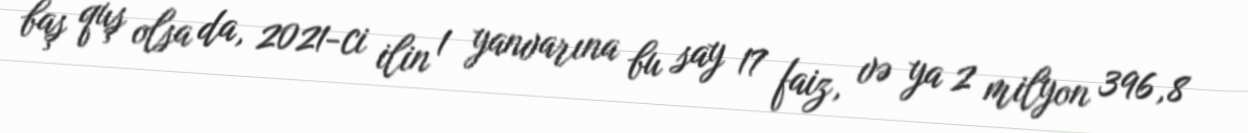
baş quş olsa da, 2021-ci ilin 1 yanvarına bu say 17 faiz, və ya 2 milyon 396,8